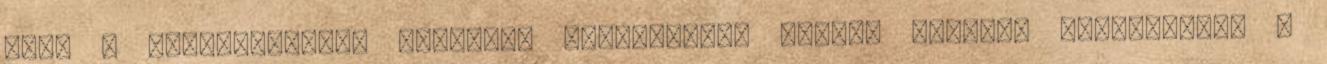
vagy a munkahelyükre önkényes hűbérúrként bejáró macskák jelleméről, a